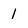
Character: 1